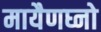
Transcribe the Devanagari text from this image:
मायैणघ्नो